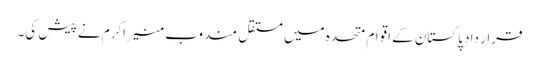
قرار داد پاکستان کے اقوام متحدہ میں مستقل مندوب منیر اکرم نے پیش کی۔